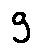
g